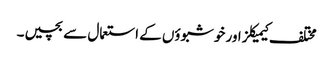
مختلف کیمیکلز اور خوشبوؤں کے استعمال سے بچیں۔